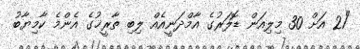
"21 އަށް 30 މިލިއަން ޑޮލަރުގެ އާމްދަނީއެއް ލިބި ތާރީޚުގެ އެންމެ ކާމިޔާބު